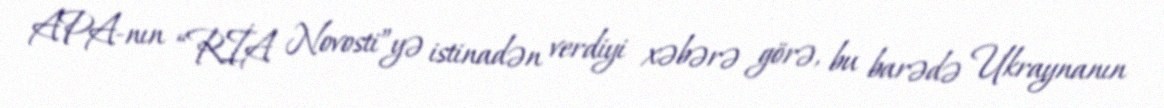
APA-nın “RİA Novosti”yə istinadən verdiyi xəbərə görə, bu barədə Ukraynanın